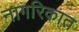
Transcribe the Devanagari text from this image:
नागरिकात